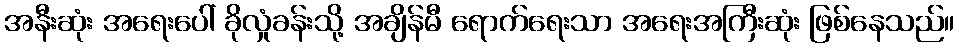
အနီးဆုံး အရေးပေါ် ခိုလှုံခန်းသို့ အချိန်မီ ရောက်ရေးသာ အရေးအကြီးဆုံး ဖြစ်နေသည်။